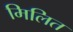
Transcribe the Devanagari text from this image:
मिलित